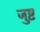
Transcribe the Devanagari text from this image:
जुष्ट